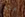
حله